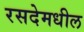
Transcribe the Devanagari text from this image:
रसदेमधील